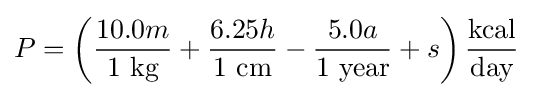
P=\left({\frac {10.0m}{1~{\text{kg}}}}+{\frac {6.25h}{1~{\text{cm}}}}-{\frac {5.0a}{1~{\text{year}}}}+s\right){\frac {\text{kcal}}{\text{day}}}